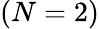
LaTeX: \left(N=2\right)